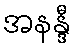
အနန္ဒီ